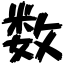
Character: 数